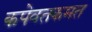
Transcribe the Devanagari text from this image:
कपेवतकमत